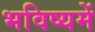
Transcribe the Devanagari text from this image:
भविष्‍यमें